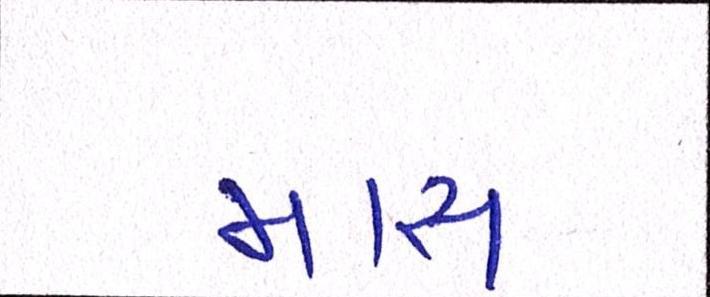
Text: માસ